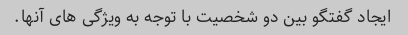
ایجاد گفتگو بین دو شخصیت با توجه به ویژگی های آنها.